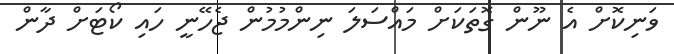
ވަނިކޮށް އެ ނޫން ގޮތަކަށް މައްސަލަ ނިންމުމުން ޖެހޭނީ ހައި ކޯޓަށް ދާން